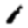
Digit: 1